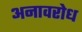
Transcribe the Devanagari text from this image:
अनावरोध